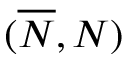
( \overline { { \cal N } } , { \cal N } )